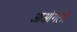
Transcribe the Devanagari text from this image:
आओगलो